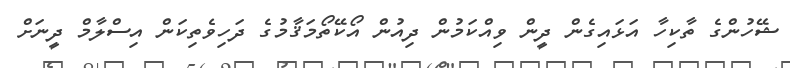
ޝޭހުންގެ ތާކިހާ އަޅައިގެން ދީން ވިއްކަމުން ދިއުން އޯކޭތޯމަޤާމުގެ ދަހިވެތިކަން އިސްލާމް ދީނަށް